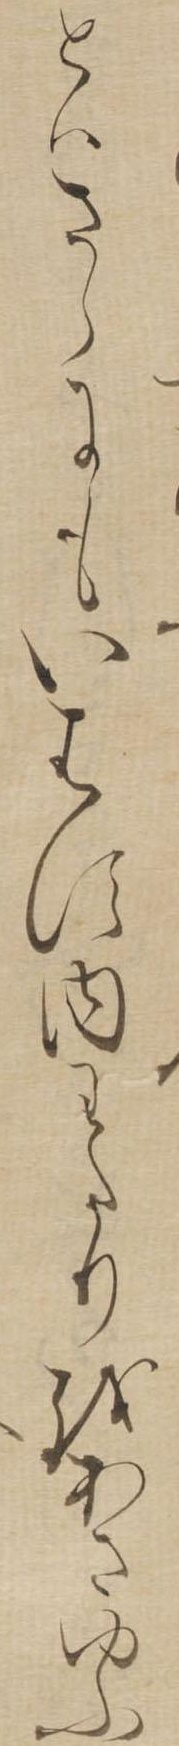
とはさらにもいはす内わたりをあさゆふ